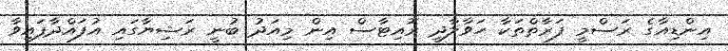
އިންޑިއާގެ ރަސްމީ ފަރާތްތަކާ ހަވާލާދީ ރޮއިޓާސް އިން މިއަދު ބުނީ ރަޝިޔާގައި އުފައްދާފައިވާ